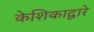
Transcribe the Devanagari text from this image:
केशिकाद्वारे